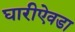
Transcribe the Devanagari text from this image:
घारीऐवडा